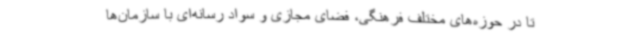
تا در حوزه‌های مختلف فرهنگی، فضای مجازی و سواد رسانه‌ای با سازمان‌ها